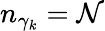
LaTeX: n_{\gamma_{k}}=\mathcal{N}